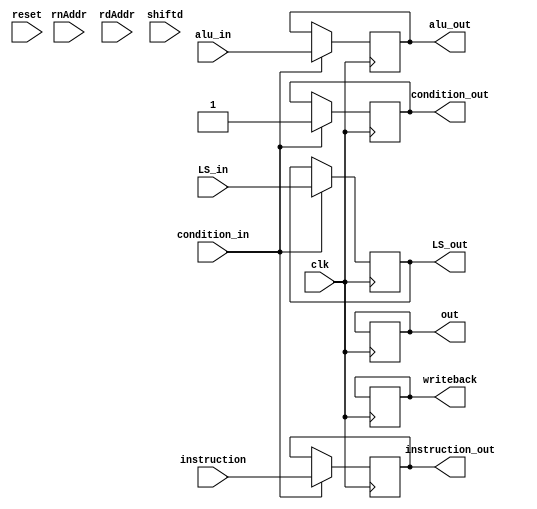
module  Dmem_r (clk, reset, instruction, alu_in, rnAddr, rdAddr, condition_in, LS_in, shiftd, out, writeback, condition_out, LS_out, alu_out, instruction_out);

  input wire clk, reset, LS_in, condition_in;
  input wire [11:0] shiftd;
  input wire [15:0] instruction, alu_in;
  wire [3:0] rn, rd;
  input wire [15:0] rnAddr, rdAddr;
  reg [15:0] memory [0:50];
  output reg  [15:0] out;
  output reg  [15:0] writeback, alu_out, instruction_out;
  output reg condition_out, LS_out;
  reg [11:0] offset;
  wire I, P, U, L;
  reg W;
  reg [15:0] rnSub;

  assign I = instruction[25];
  assign P = instruction[24];
  assign U = instruction[23];
  assign L = instruction[20];
	assign rn = {1'b0, instruction[5:3]};
	assign rd = {1'b0, instruction[2:0]};
  always @(*) begin
		if(I) offset = shiftd;
		else offset = instruction[11:0];
    if(rn == 4'b1111) W = 0;
    else W = instruction[21];
	 if(U)
		rnSub = rnAddr - offset;
    else
		rnSub = rnAddr + offset;
  end
  integer i;
  
  initial begin
			/*
		 //Set these values to 0 once this module has proven to work
			memory[0]  <= 32'b11100001010000010001000000000000; //AL CMP R1, R0 || R0 shift 0
			
			memory[1]  <= 32'b00001011000000000000000001000000; //BLEQ 0x64 ||condition not met
			memory[2]  <= 32'b00011010000000000000000000000010; //BNE 0x1 10
			memory[3]  <= 32'b11100011101001000011000000001000; //AL MOV R3, #8  ||instruction should do nothing
			memory[4]  <= 32'b11100011101001000011000000001010; //AL MOV R3, #10 || instruction should do nothing
			memory[5]  <= 32'b00101010101010101010101010101010;
			memory[6]  <= 32'b00000000001111111111100000000000;
			memory[7]  <= 32'b01111100000000001011111111000000;
			memory[8]  <= 32'b01111110000000000111111111100001;
			memory[9]  <= 32'b01111000001010101010101000001111;
			memory[10] <= 32'b11100001101001000011000000000100; //AL MOV R3, R4  || R4 shift 0 -> R3 = 4;
			memory[11] <= 32'b11100001111001010101000000000100; //AL MVN R5, R3  || R5 should equal ~(32'b4) -> R4 = ~R3
			memory[12] <= 32'b11100010100001100110000000000111; //AL ADD R6, R6 #7 || -> R6 = 6 + 7;
			memory[13] <= 32'b11100010010001110111000000001000; //AL SUB R7, R7 #8 || -> R7 = 7 + 8;
			memory[14] <= 32'b11100001000110110100000000001100; //AL TST R13, R12 | R13 && R12
			memory[15] <= 32'b11100000100010001001000000001011; //AL ADD R9, R8, R11 || -> R1 = 8 + 11;
			*/
		end
  always @(posedge clk) begin


    if (LS_in && condition_in) begin

  		if (L) begin
  			out <= memory[rdAddr];
  			if(W) begin
  				if(P)
  					writeback <= memory[rnSub];
  				else
  					writeback <= memory[rnAddr];
  			end
  		end

  		else begin
  			if(rd == 4'b1111) begin
  				memory[rdAddr] <= rdAddr + 12;
  			end
  			else begin
  				memory[rdAddr] <= memory[rnAddr];
  			end

  			if(W) begin
  				if(P)
  					writeback <= memory[rnSub];
  				else
  					writeback <= memory[rnAddr];
  			end
  		end

	  end
	
		if (condition_in) begin
			 instruction_out <= instruction;
			 condition_out <= condition_in;
			 LS_out <= LS_in;
			 alu_out <= alu_in;
		end
  end


endmodule //